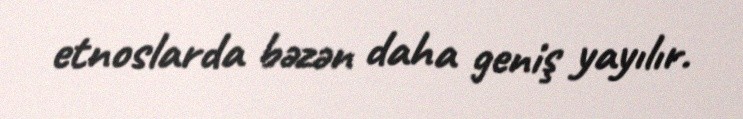
etnoslarda bəzən daha geniş yayılır.